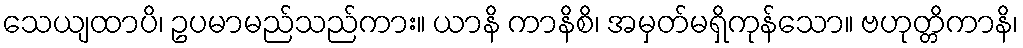
သေယျထာပိ၊ ဥပမာမည်သည်ကား။ ယာနိ ကာနိစိ၊ အမှတ်မရှိကုန်သော။ ဗဟုတ္တိကာနိ၊